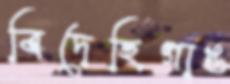
বিদেহিগাঙ